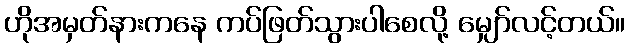
ဟိုအမှတ်နားကနေ ကပ်ဖြတ်သွားပါစေလို့ မျှော်လင့်တယ်။